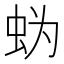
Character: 𰲲